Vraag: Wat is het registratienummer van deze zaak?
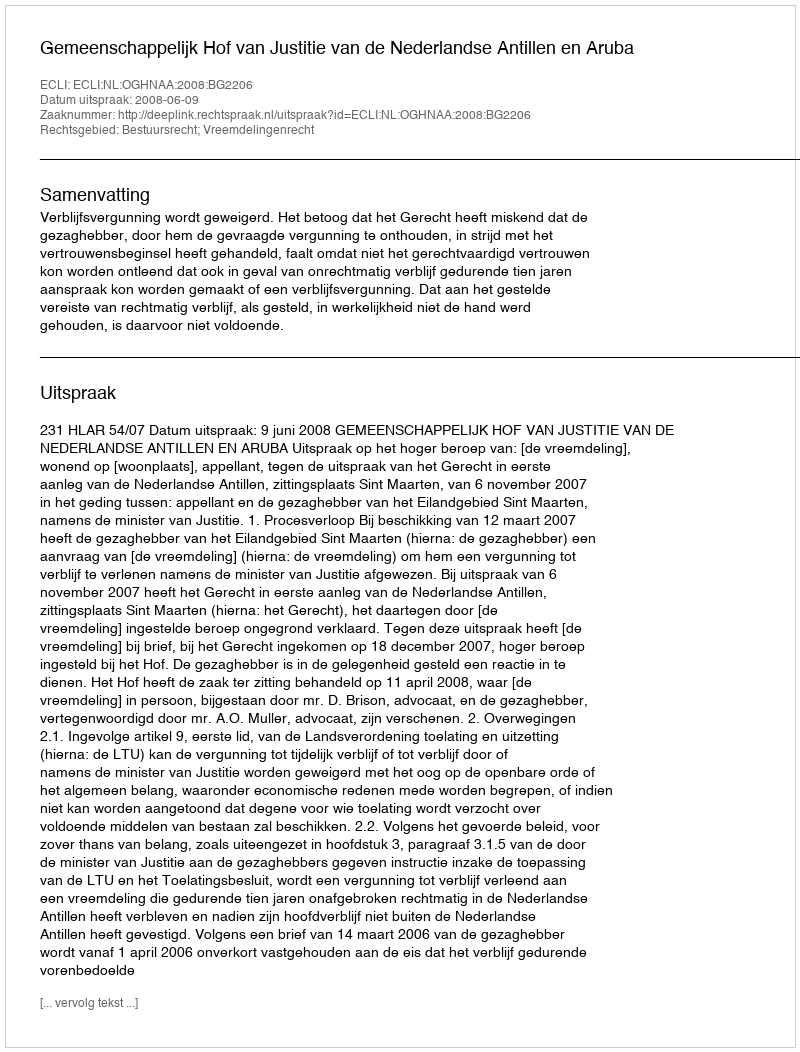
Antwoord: http://deeplink.rechtspraak.nl/uitspraak?id=ECLI:NL:OGHNAA:2008:BG2206